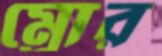
ম্রোর